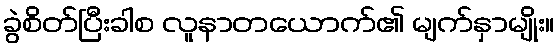
ခွဲစိတ်ပြီးခါစ လူနာတယောက်၏ မျက်နှာမျိုး။